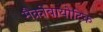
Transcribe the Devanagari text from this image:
मैक्रोबायोटिक